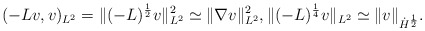
\begin{align*} (-Lv,v)_{L^{2}}= \|(-L)^{\frac12}v\|_{L^{2}}^{2} \simeq\|\nabla v\|^{2}_{L^{2}}, \|(-L)^{\frac14}v\|_{L^{2}} \simeq \|v\|_{\dot H^{\frac12}}. \end{align*}